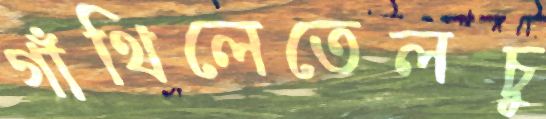
গাঁথিলেতেলচু